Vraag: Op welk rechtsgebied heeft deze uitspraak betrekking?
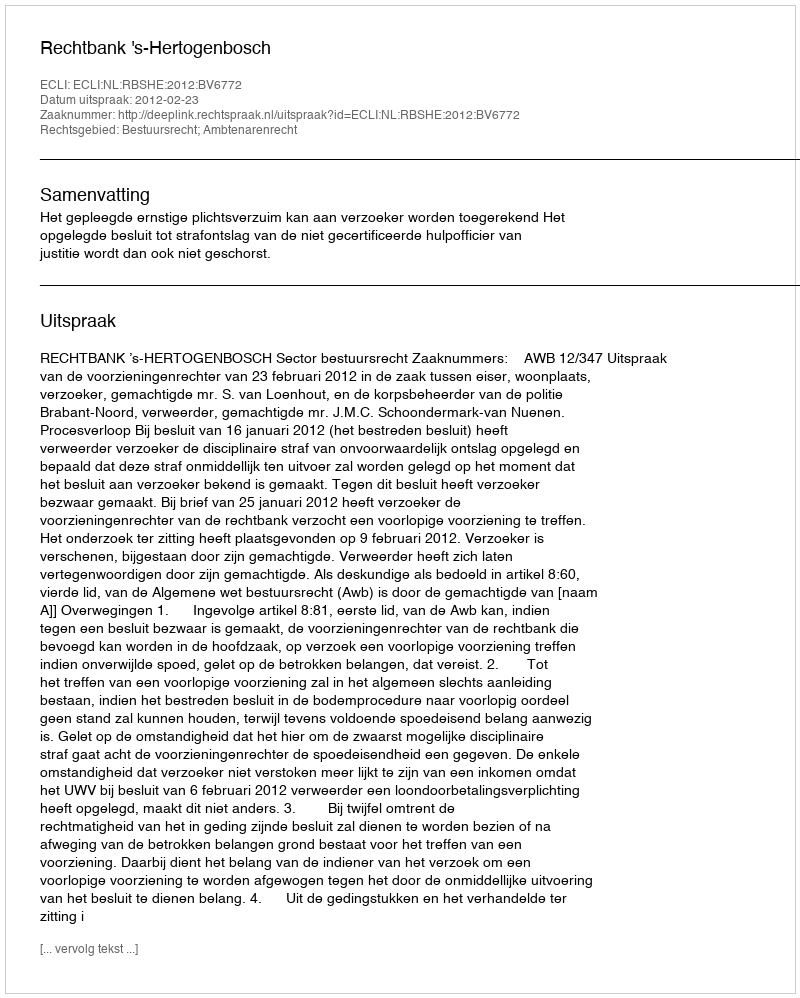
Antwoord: Bestuursrecht; Ambtenarenrecht